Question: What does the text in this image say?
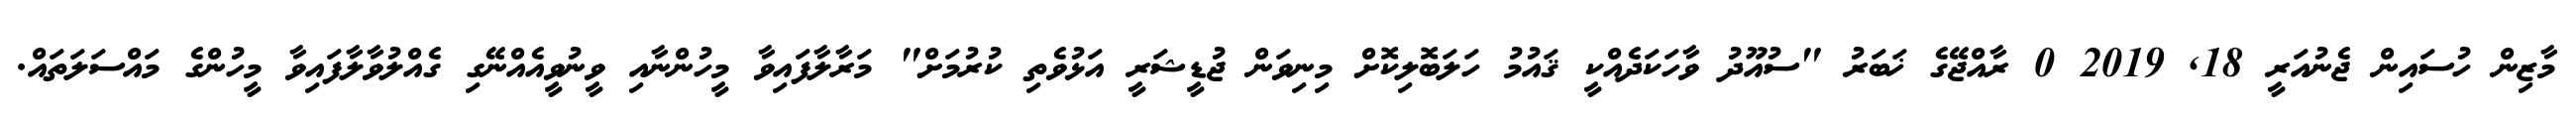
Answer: މާޒިން ހުސައިން ޖެނުއަރީ 18, 2019 0 ރާއްޖޭގެ ޚަބަރު "ސުއޫދު ވާހަކަދެއްކީ ޤައުމު ހަލަބޮލިކޮށް މިނިވަން ޖުޑީޝަރީ އަޅުވެތި ކުރުމަށް" މަރާލާފައިވާ މީހުންނާއި ވީނުވީއެއްނޭގި ގެއްލުވާލާފައިވާ މީހުންގެ މައްސަލަތައް.